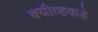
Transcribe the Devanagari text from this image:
क्यीव्हकडे